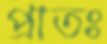
প্রাতঃ